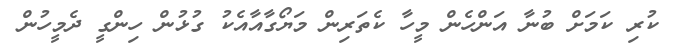
ކުރި ކަމަށް ބުނާ އަންހެން މީހާ ކެތަރިން މަޔޯގާއާއެކު ގުޅުން ހިންގީ ދެމީހުން